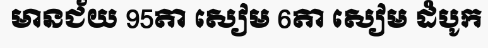
មានជ័យ 95តា សៀម 6តា សៀម ដំបូក